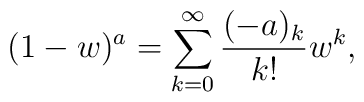
(1-w)^a = \sum^\infty_{k=0} {(-a)_k \over k!} w^k ,